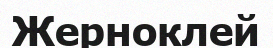
Жерноклей